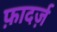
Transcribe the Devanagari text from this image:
फ़ादर्ज़